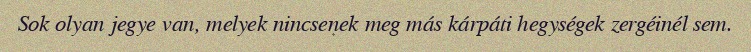
Sok olyan jegye van, melyek nincsenek meg más kárpáti hegységek zergéinél sem.